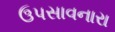
ઉપસાવનારા